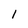
Character: 1